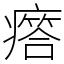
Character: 𤺥